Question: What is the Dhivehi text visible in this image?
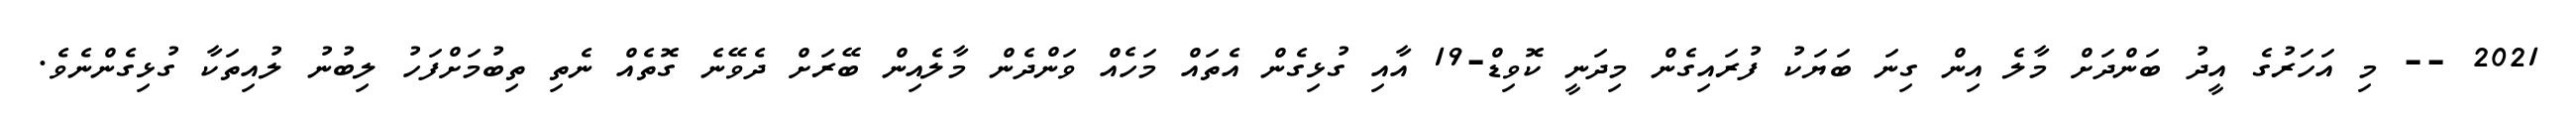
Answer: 2021 -- މި އަހަރުގެ އީދު ބަންދަށް މާލެ އިން ގިނަ ބަޔަކު ފުރައިގެން މިދަނީ ކޮވިޑް-19 އާއި ގުޅިގެން އެތައް މަހެއް ވަންދެން މާލެއިން ބޭރަށް ދެވޭނެ ގޮތެއް ނެތި ތިބުމަށްފަހު ލިބުނު ލުއިތަކާ ގުޅިގެންނެވެ.